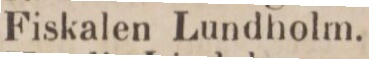
Fiskalen Lundholm.